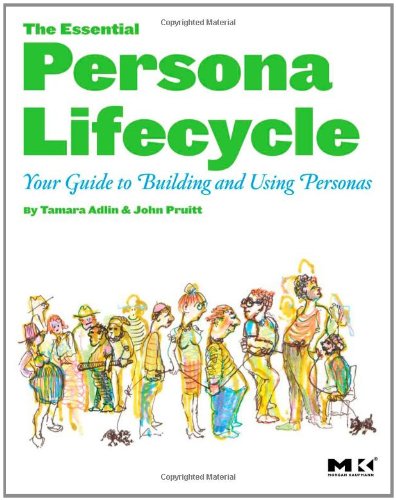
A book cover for The Essential Persona Lifecycle: Your Guide to Building and Using Personas; Tamara Adlin; Computers & Technology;